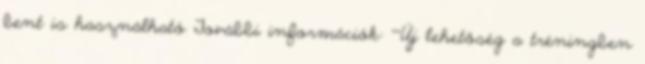
bent is használható További információk: ""Új lehetőség a tréningben